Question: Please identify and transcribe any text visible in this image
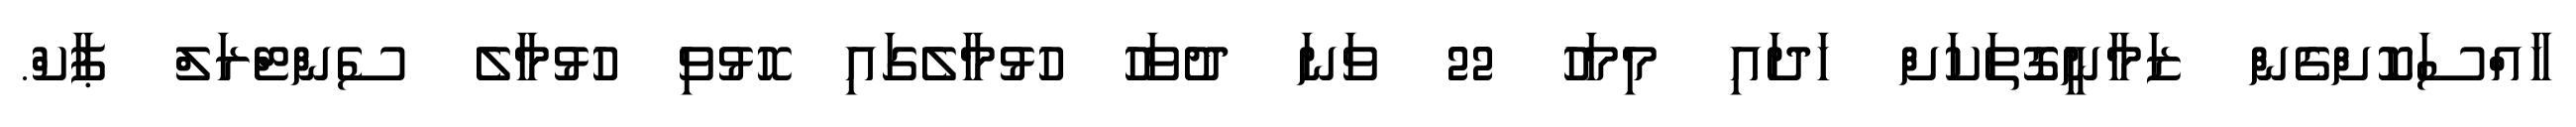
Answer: ހާއްސަކޮށްގެން ޒަމާނީގޮތަކަށް ހަދައި މިމަހު 22 ވަނަ ދުވަހު ހުޅުމާލެގައި ހޮޅުވި ހުޅުމާލެ ސެންޓްރަލް ޕާކް.